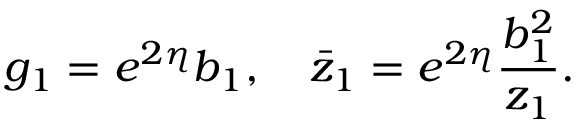
g _ { 1 } = e ^ { 2 \eta } b _ { 1 } , ~ ~ ~ \bar { z } _ { 1 } = e ^ { 2 \eta } \frac { b _ { 1 } ^ { 2 } } { z _ { 1 } } .